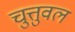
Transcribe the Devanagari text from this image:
चुत्तुवल